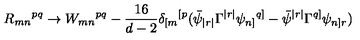
R _ { m n } { } ^ { p q } \rightarrow W _ { m n } { } ^ { p q } - \frac { 1 6 } { d - 2 } \delta _ { [ m } { } ^ { [ p } ( \bar { \psi } _ { | r | } \Gamma ^ { | r | } \psi _ { n ] } { } ^ { q ] } - \bar { \psi } ^ { | r | } \Gamma ^ { q ] } \psi _ { n ] r } )